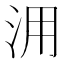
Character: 𣳔